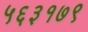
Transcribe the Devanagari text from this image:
५६३१७९